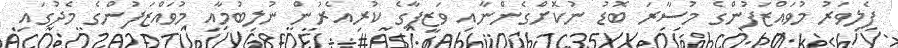
ފެލިވަރު މުވައްޒަފުންގެ މުސާރަ ބޮޑު ނުކޮށްގެންނާއި ވަޒީފާގެ ކުރިއެރުން ނުލިބުމާއި މުވައްޒަފުންގެ މެދުގައި